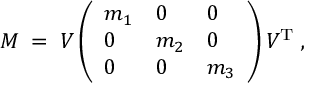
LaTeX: M \; = \; V \left( \begin{array} { l l l } { { m _ { 1 } } } & { { 0 } } & { { 0 } } \\ { { 0 } } & { { m _ { 2 } } } & { { 0 } } \\ { { 0 } } & { { 0 } } & { { m _ { 3 } } } \end{array} \right) V ^ { \mathrm { T } } \; ,